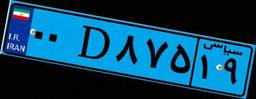
۷۹D۳۶۰۶۵